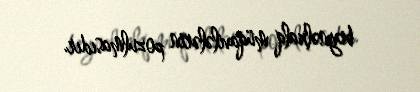
beynəlxalq müqavilələrin pozulmasıdır.